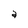
Character: a